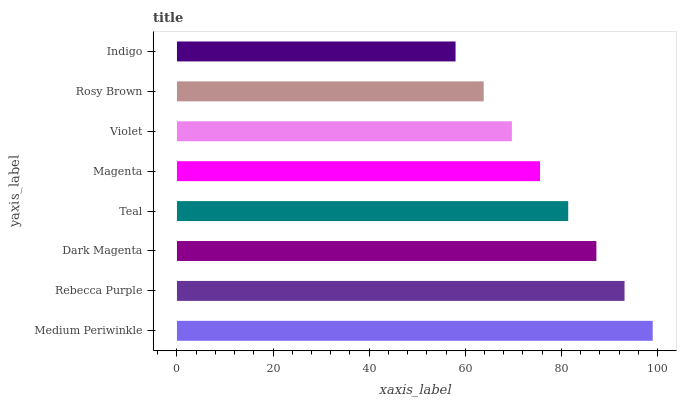
| yaxis_label | bars |
 | --- | --- |
 | Medium Periwinkle | 99 |
 | Rebecca Purple | 93.1 |
 | Dark Magenta | 87.3 |
 | Teal | 81.4 |
 | Magenta | 75.6 |
 | Violet | 69.7 |
 | Rosy Brown | 63.8 |
 | Indigo | 58 |